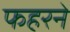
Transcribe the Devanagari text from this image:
फहरने